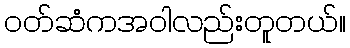
၀တ်ဆံကအဝါလည်းတူတယ်။